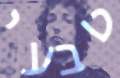
טבעי